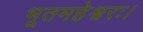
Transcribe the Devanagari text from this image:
भूतमहेश्वरः।